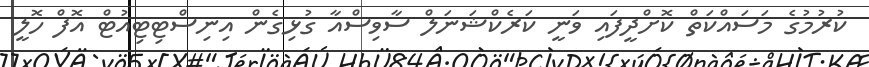
ކުރުމުގެ މަސައްކަތް ކޮށްދީފައި ވަނީ ކަރެކްޝަނަލް ސާވިސްއާ ގުޅިގެން އިނިސްޓިޓިއުޓް އޮފް ހޮލީ